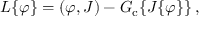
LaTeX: { \cal { L } } \{ \varphi \} = ( \varphi , J ) - { \cal { G } } _ { \mathrm { c } } \{ J \{ \varphi \} \} \, ,